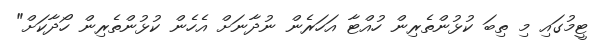
ޓީމުގައި މި ތިބަ ކުޅުންތެރިން ހުއްޓާ އަހަރެން ނުދާނަށް އެހެން ކުޅުންތެރިން ހޯދާކަށް"